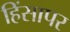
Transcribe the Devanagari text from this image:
हिंसापर